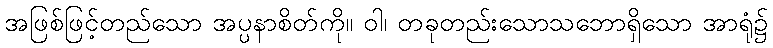
အဖြစ်ဖြင့်တည်သော အပ္ပနာစိတ်ကို။ ဝါ၊ တခုတည်းသောသဘောရှိသော အာရုံ၌